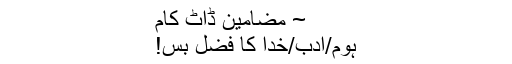
~ مضامین ڈاٹ کام
ہوم/ادب/خدا کا فضل بس!